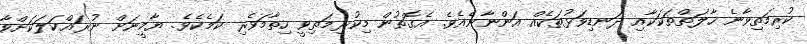
ކުރިމަތިވާނެ ހާލަތްތަކަކާއި ދަނޑިވަޅުތަކެއް އަންނާނެއެވެ. އެގޮތުން މިކުރިމަތިވީ ހިތާމަވެރި ކަމެކެވެ. ޔާމީނަށް ނުރައްކަލަކަށްވާ